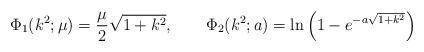
LaTeX: \begin{align*}\Phi_1(k^2;\mu)=\frac{\mu}{2}\sqrt{1+k^2}, \qquad\Phi_2(k^2;a)=\ln\left(1-e^{-a\sqrt{1+k^2}}\right)\end{align*}